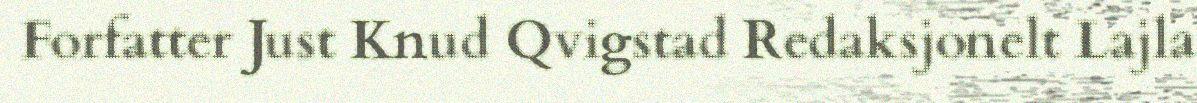
Forfatter Just Knud Qvigstad Redaksjonelt Lajla